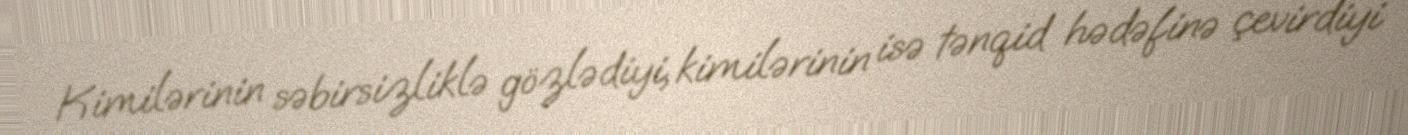
Kimilərinin səbirsizliklə gözlədiyi, kimilərinin isə tənqid hədəfinə çevirdiyi